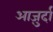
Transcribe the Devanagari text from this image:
आजु़र्दा